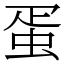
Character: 蛋